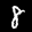
Label: 8